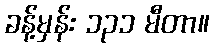
ခန့်မှန်း ၁၃၁ မီတာ။